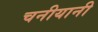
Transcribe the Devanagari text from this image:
चनीयानी